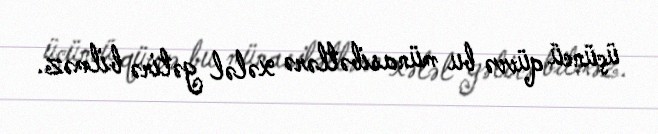
üçüncü qüvvə bu münasibətlərə xələl gətirə bilməz.